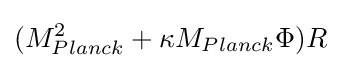
(M_{Planck}^{2}+\kappa M_{Planck}\Phi )R